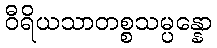
ဝီရိယသာတစ္စသမ္ပန္နော